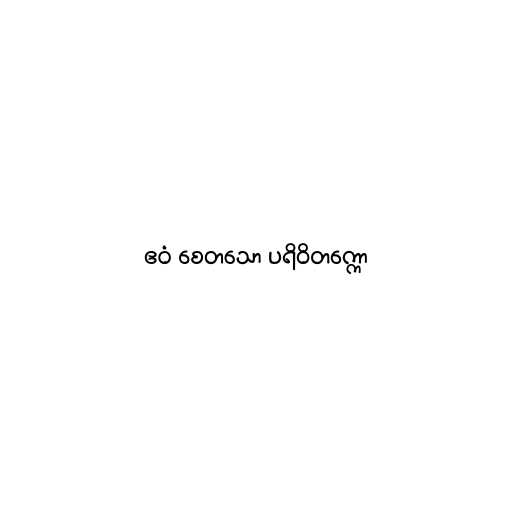
ဧဝံ စေတသော ပရိဝိတက္ကော